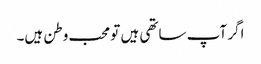
اگر آپ ساتھی ہیں تو محب وطن ہیں۔